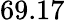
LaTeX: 69.17